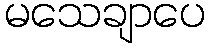
မသေချာပေ